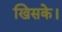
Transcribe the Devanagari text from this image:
खिसके।